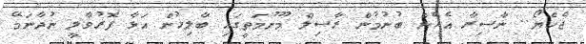
ޖެހެޔޯ.. ނާސިރާ އެހެން ބުނުމުން ރާސިލް މޫނުމަތީގައި ބާލިހުން އަޅާ ފޮރުވާލީ ނުދާނަމޭ